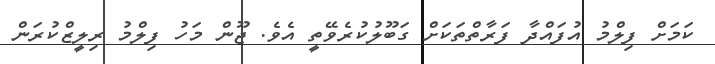
ކަމަށް ފިލްމު އުފައްދާ ފަރާތްތަކަށް ގަބޫލުކުރެވޭތީ އެވެ. ޖޫން މަހު ފިލްމު ރިލީޒްކުރަން